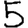
Digit: 5